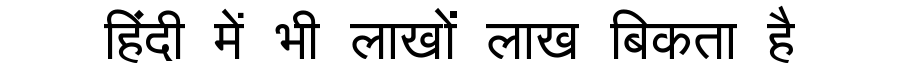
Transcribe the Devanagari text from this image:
हिंदी में भी लाखों लाख बिकता है